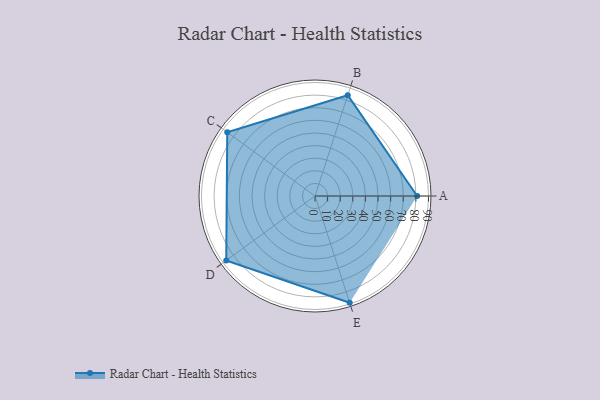
{"axis": {"x": "Skill", "y": "Score"}, "legend": ["Profile"], "data": [{"x": "A", "y": 81.0, "type": "Profile"}, {"x": "B", "y": 84.0, "type": "Profile"}, {"x": "C", "y": 86.0, "type": "Profile"}, {"x": "D", "y": 87.0, "type": "Profile"}, {"x": "E", "y": 89.0, "type": "Profile"}]}